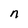
Character: n